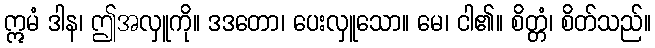
ဣမံ ဒါန၊ ဤအလှူကို။ ဒဒတော၊ ပေးလှူသော။ မေ၊ ငါ၏။ စိတ္တံ၊ စိတ်သည်။